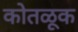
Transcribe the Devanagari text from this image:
कोतळूक